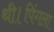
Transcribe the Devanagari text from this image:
थी।पिंगला